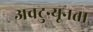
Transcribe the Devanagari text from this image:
अवटुन्यूनता